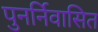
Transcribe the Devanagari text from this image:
पुनर्निवासित